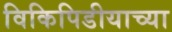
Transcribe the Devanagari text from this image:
विकिपिडीयाच्या